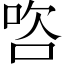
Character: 𭇺